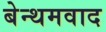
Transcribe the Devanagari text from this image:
बेन्थमवाद